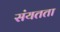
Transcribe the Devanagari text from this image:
संयतता